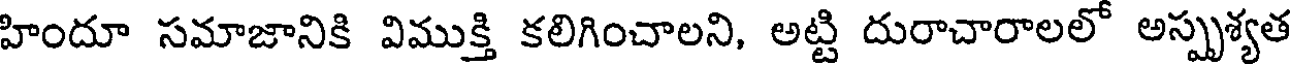
హిందూ సమాజానికి విముక్తి కలిగించాలని, అట్టి దురాచారాలలో అస్పృశ్యత